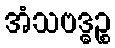
အံသဗဒ္ဓဉ္စ